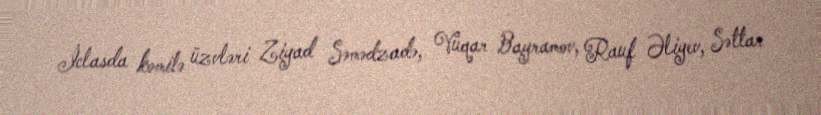
İclasda komitə üzvləri Ziyad Səmədzadə, Vüqar Bayramov, Rauf Əliyev, Səttar